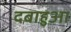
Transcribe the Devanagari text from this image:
दबाहुआ